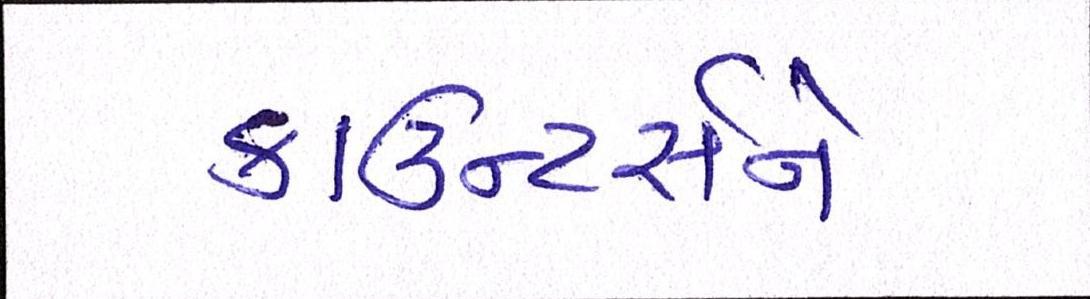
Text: કાઉન્ટર્સને